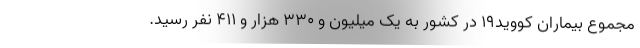
مجموع بیماران کووید۱۹ در کشور به یک میلیون و ۳۳۰ هزار و ۴۱۱ نفر رسید.